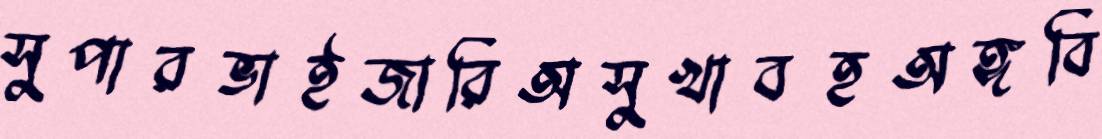
সুপারভাইজারিঅসুখাবহঅঙ্গবি